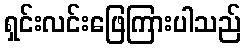
ရှင်းလင်းဖြေကြားပါသည်